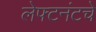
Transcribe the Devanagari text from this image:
लेफ्टनंटचे